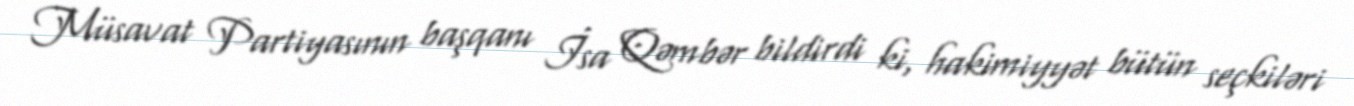
Müsavat Partiyasının başqanı İsa Qəmbər bildirdi ki, hakimiyyət bütün seçkiləri